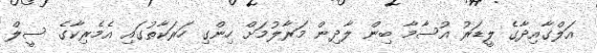
އަލްގާއިދާގެ ލީޑަރު އުސާމާ ބިން ލާދިން މަރާލުމަށް ހިންގި ހަރަކާތުގައި އެމެރިކާގެ ސީލް